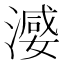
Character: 𣽦